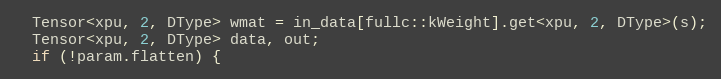
Language: C
  Tensor<xpu, 2, DType> wmat = in_data[fullc::kWeight].get<xpu, 2, DType>(s);
  Tensor<xpu, 2, DType> data, out;
  if (!param.flatten) {